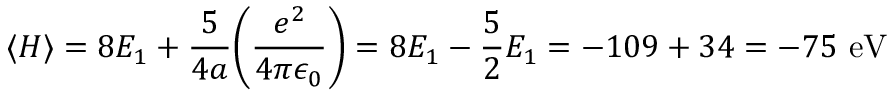
\langle H \rangle = 8 E _ { 1 } + { \frac { 5 } { 4 a } } { \Bigg ( } { \frac { e ^ { 2 } } { 4 \pi \epsilon _ { 0 } } } { \Bigg ) } = 8 E _ { 1 } - { \frac { 5 } { 2 } } E _ { 1 } = - 1 0 9 + 3 4 = - 7 5 { \mathrm { ~ e V } }